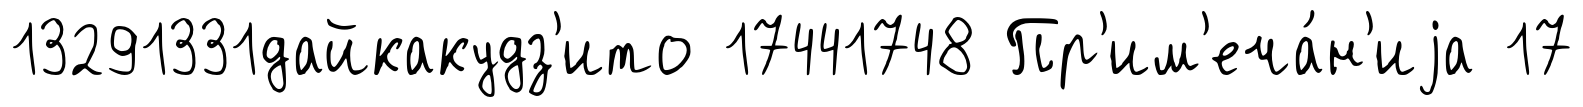
13291331дайкакудз'ито 17441748 Пр'им'еча́н'иjа 17